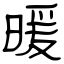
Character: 暖